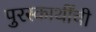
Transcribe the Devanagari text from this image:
पुरस्कार्थींची